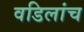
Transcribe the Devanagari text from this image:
वडिलांच